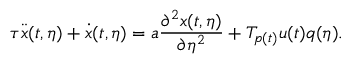
\tau \ddot { x } ( t , \eta ) + \dot { x } ( t , \eta ) = a \frac { \partial ^ { 2 } x ( t , \eta ) } { \partial \eta ^ { 2 } } + T _ { p ( t ) } u ( t ) q ( \eta ) .